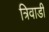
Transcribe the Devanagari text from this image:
त्रिवाडी